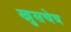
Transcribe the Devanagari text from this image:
खुसचेव